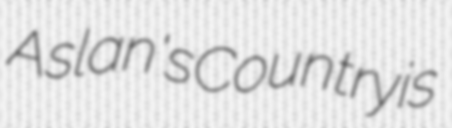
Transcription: Aslan's Country is